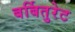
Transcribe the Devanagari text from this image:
बर्बितुरेट